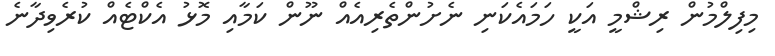
މިފިލްމުން ރިޝްމީ އަކީ ހަމައެކަނި ނެށުންތެރިއެއް ނޫން ކަމާއި މޮޅު އެކްޓެއް ކުރެވިދާނެ